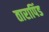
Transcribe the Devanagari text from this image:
तारापिंड